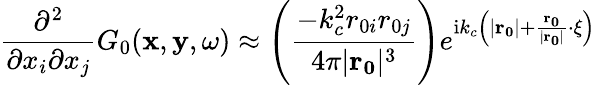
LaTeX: \frac{\partial^{2}}{\partial x_{i}\partial x_{j}}G_{0}(\mathbf{x},\mathbf{y},\omega)\approx\left(\frac{-k_{c}^{2}r_{0i}r_{0j}}{4\pi|\mathbf{r_{0}}|^{3}}\right)e^{\mathrm{i}k_{c}\left(|\mathbf{r_{0}}|+\frac{\mathbf{r_{0}}}{|\mathbf{r_{0}}|}\cdot\mathbf{\xi}\right)}